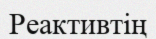
Реактивтің